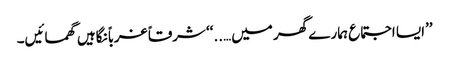
’’ایسا اجتماع ہمارے گھر میں…..‘‘ شرقاً غرباً نگاہیں گھمائیں۔